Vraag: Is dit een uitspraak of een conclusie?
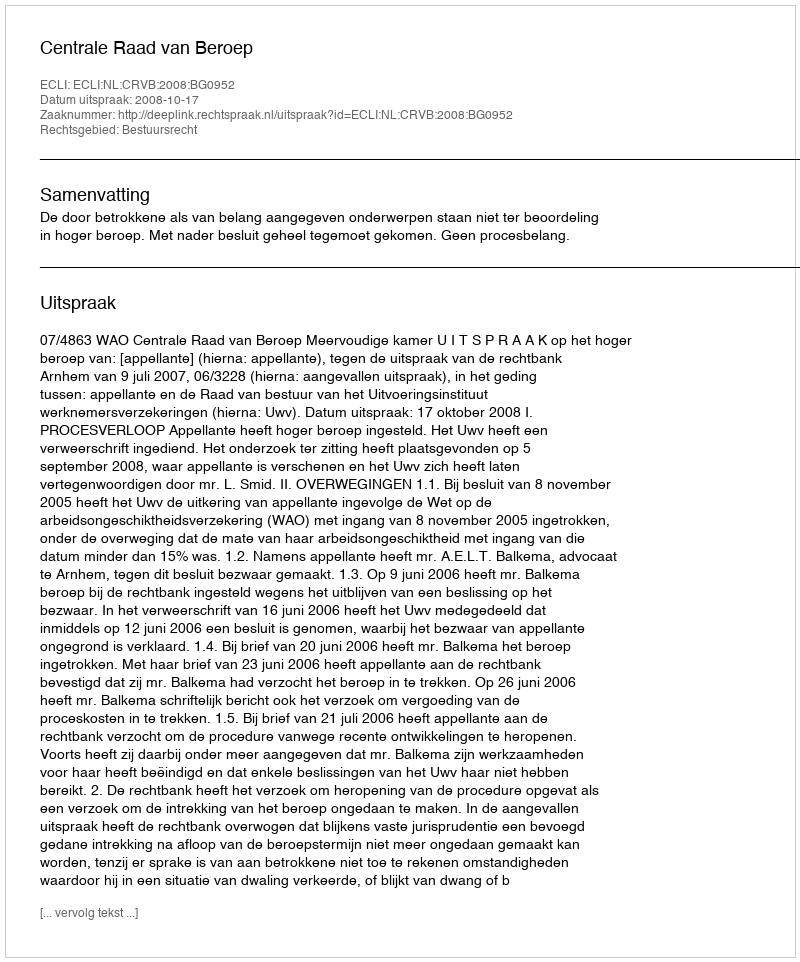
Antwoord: Uitspraak